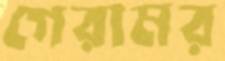
গেরামর